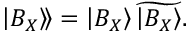
\left. \left| B _ { X } \right\rangle \! \right\rangle = \left| B _ { X } \right\rangle \widetilde { \left| B _ { X } \right\rangle } .